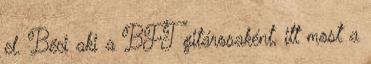
el. Béci aki a BFT gitárosaként, itt most a